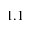
1 . 1